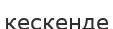
кескенде